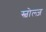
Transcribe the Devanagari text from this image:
स्चोल्ज़